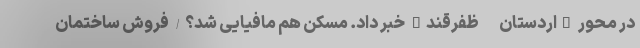
در محور "اردستان - ظفرقند" خبر داد. مسکن هم مافیایی شد؟/ فروش ساختمان